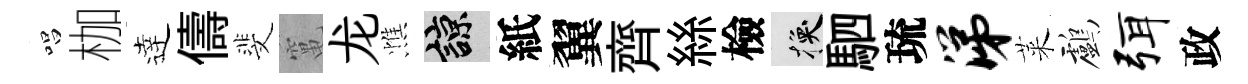
唱枷逹儔斐𥧄龙憔諒紙翼齊絲檢换駟琉涕萊鸕弭政